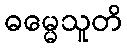
ဓမ္မေသူတိ